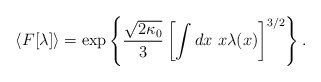
\begin{align*}\langle F[\lambda]\rangle =\exp \left\{ \frac{\sqrt{2\kappa_0}}{3}\left[\int dx~x\lambda(x)\right]^{3/2}\right\}.\end{align*}